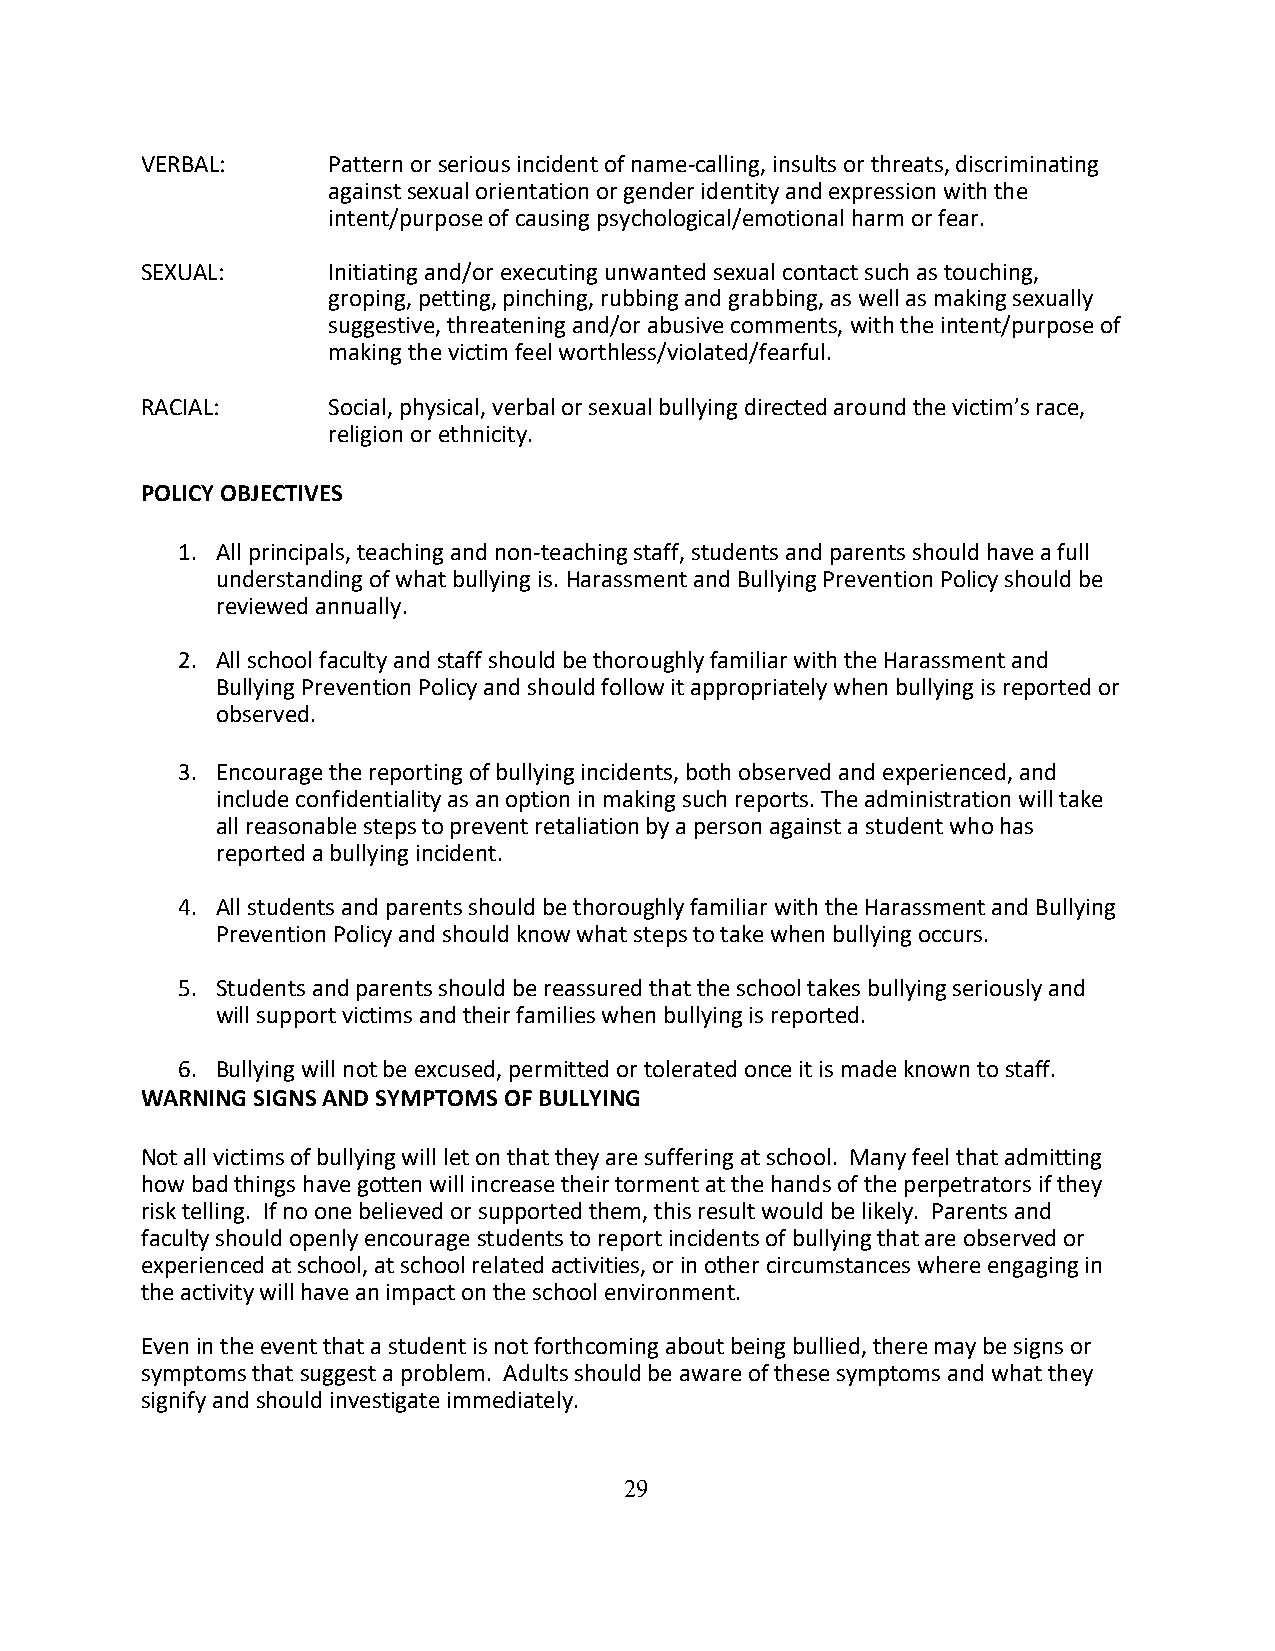
VERBAL:      Pattern or serious incident of name-calling, insults or threats, discriminating
 against sexual orientation or gender identity and expression with the
 intent/purpose of causing psychological/emotional harm or fear.
 SEXUAL:      Initiating and/or executing unwanted sexual contact such as touching,
 groping, petting, pinching, rubbing and grabbing, as well as making sexually
 suggestive, threatening and/or abusive comments, with the intent/purpose of
 making the victim feel worthless/violated/fearful.
 RACIAL:      Social, physical, verbal or sexual bullying directed around the victim’s race,
 religion or ethnicity.
 POLICY OBJECTIVES
 1. All principals, teaching and non-teaching staff, students and parents should have a full
 understanding of what bullying is. Harassment and Bullying Prevention Policy should be
 reviewed annually.
 2. All school faculty and staff should be thoroughly familiar with the Harassment and
 Bullying Prevention Policy and should follow it appropriately when bullying is reported or
 observed.
 3. Encourage the reporting of bullying incidents, both observed and experienced, and
 include confidentiality as an option in making such reports. The administration will take
 all reasonable steps to prevent retaliation by a person against a student who has
 reported a bullying incident.
 4. All students and parents should be thoroughly familiar with the Harassment and Bullying
 Prevention Policy and should know what steps to take when bullying occurs.
 5. Students and parents should be reassured that the school takes bullying seriously and
 will support victims and their families when bullying is reported.
 6. Bullying will not be excused, permitted or tolerated once it is made known to staff.
 WARNING SIGNS AND SYMPTOMS OF BULLYING
 Not all victims of bullying will let on that they are suffering at school. Many feel that admitting
 how bad things have gotten will increase their torment at the hands of the perpetrators if they
 risk telling. If no one believed or supported them, this result would be likely. Parents and
 faculty should openly encourage students to report incidents of bullying that are observed or
 experienced at school, at school related activities, or in other circumstances where engaging in
 the activity will have an impact on the school environment.
 Even in the event that a student is not forthcoming about being bullied, there may be signs or
 symptoms that suggest a problem. Adults should be aware of these symptoms and what they
 signify and should investigate immediately.
 29